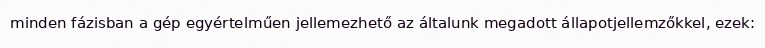
minden fázisban a gép egyértelműen jellemezhető az általunk megadott állapotjellemzőkkel, ezek: